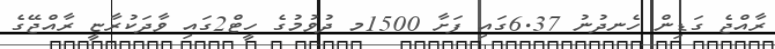
ރާއްޖެ ގަޑިން ހެނދުނު 6.37ގައި ފަށާ 1500މ ދުވުމުގެ ހީޓް2ގައި ވާދަކުރާޏީ ރާއްޖޭގެ